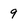
Character: 9